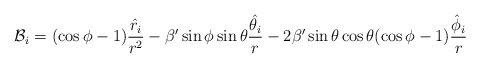
\begin{align*}{\mathcal{B}}_i=(\cos \phi -1)\frac{\hat{r}_i}{r^2}-\beta '\sin \phi \sin \theta \frac{\hat{\theta}_i}{r}-2\beta '\sin \theta \cos \theta (\cos \phi -1)\frac{\hat{\phi}_i}{r}\end{align*}